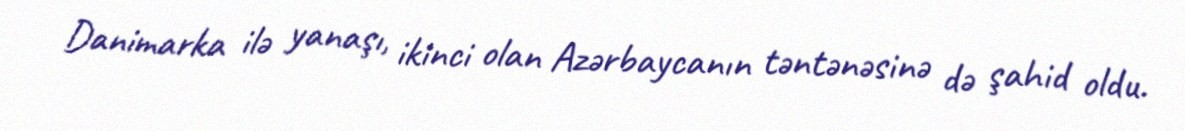
Danimarka ilə yanaşı, ikinci olan Azərbaycanın təntənəsinə də şahid oldu.